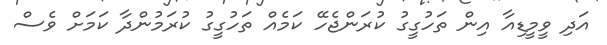
އަދި ވީމީޑިއާ އިން ތަހުގީގު ކުރަންޖެހޭ ކަމެއް ތަހުގީގު ކުރަމުންދާ ކަމަށް ވެސް